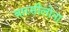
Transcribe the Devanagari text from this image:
बारसीलोना